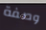
وصفة